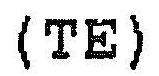
(TE)